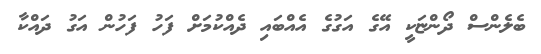
ބެލެންސް ދޯންޏަކީ އޭގެ އަގުގެ އެއްބައި ދެއްކުމަށް ފަހު ފަހުން އަގު ދައްކާ